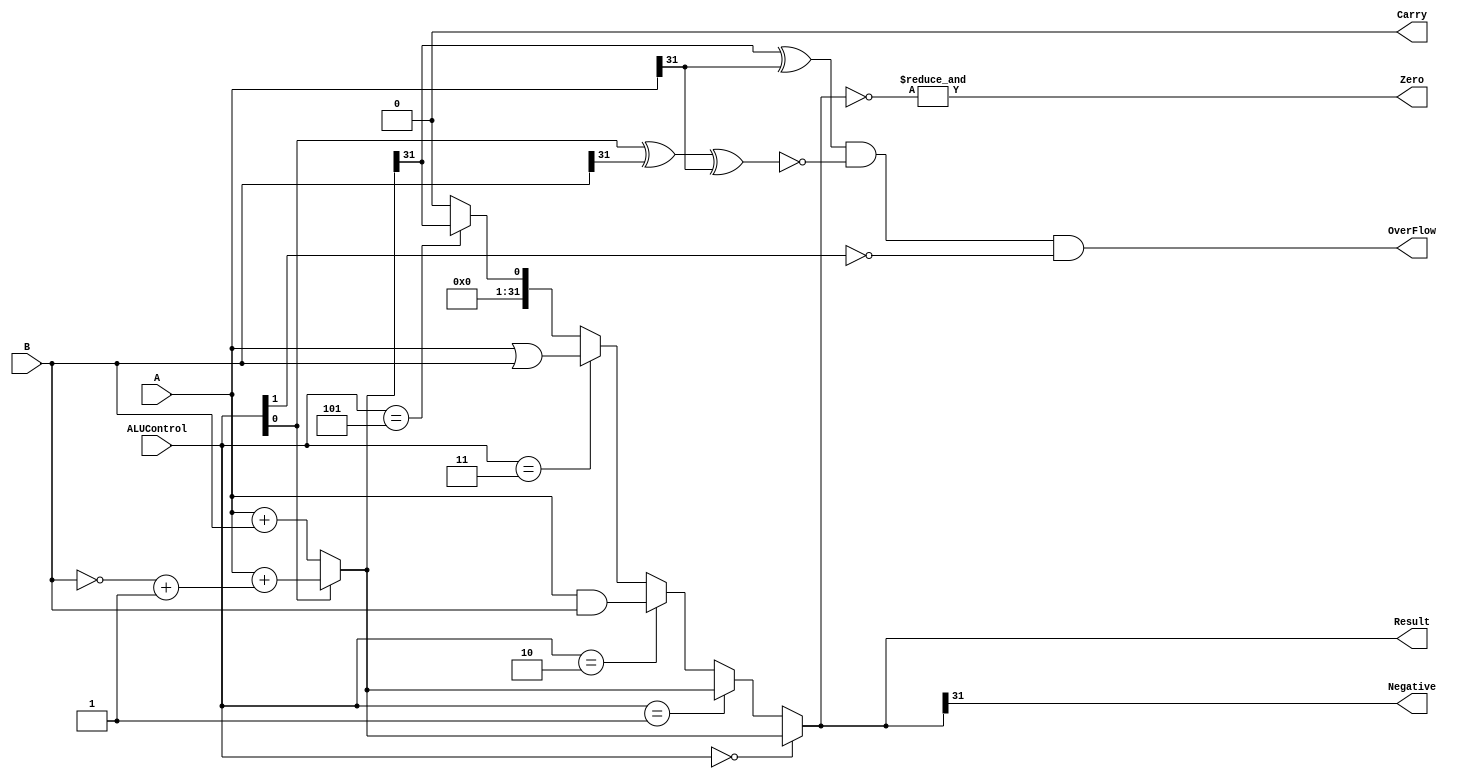
module ALU #(parameter N=32) (A,B,Result,ALUControl,OverFlow,Carry,Zero,Negative);

    input [N-1:0]A,B;
    input [2:0]ALUControl;
    output Carry,OverFlow,Zero,Negative;
    output [N-1:0]Result;

    wire Cout;
    wire [N-1:0]Sum;

    assign Sum = (ALUControl[0] == 1'b0) ? (A + B) : (A + ((~B)+1)) ;  //for '0' sum and for '1' substraction
    assign {Cout,Result} = (ALUControl == 3'b000) ? Sum :           // For ALUControl 0 -> sum
                           (ALUControl == 3'b001) ? Sum :           // For ALUControl 1 -> difference
                           (ALUControl == 3'b010) ? A & B :         // For ALUControl 2 -> AND logic
                           (ALUControl == 3'b011) ? A | B :         // For ALUControl 3 -> OR logic
                           (ALUControl == 3'b101) ? {{N{1'b0}},(Sum[N-1])} :        //For future use
                           {(N+1){1'b0}};                                           //Set Cout and result to 0
    assign OverFlow = ((Sum[N-1] ^ A[N-1]) & (~(ALUControl[0] ^ B[N-1] ^ A[N-1])) & (~ALUControl[1]));  /* For overflow */
    assign Carry = ((~ALUControl[1]) & Cout);    //Carry or borrow flag
    assign Zero = &(~Result);           //Zero flag
    assign Negative = Result[N-1];      // Sign Flag

endmodule